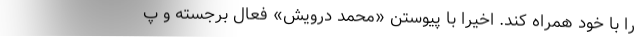
را با خود همراه کند. اخیرا با پیوستن «محمد درویش» فعال برجسته و پ